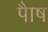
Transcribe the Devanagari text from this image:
पाैष